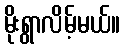
မိုးရွာလိမ့်မယ်။